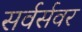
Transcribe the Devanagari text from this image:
सर्वर्सवर